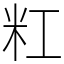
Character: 䉺